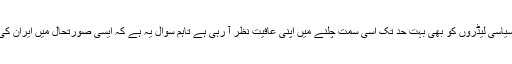
فوج اور اسٹیبلشمنٹ کا بھرپور جھکاؤ سعودی عرب کی طرف ہے اور سیاسی لیڈروں کو بھی بہت حد تک اسی سمت چلنے میں اپنی عافیت نظر آ رہی ہے تاہم سوال یہ ہے کہ ایسی صورتحال میں ایران کی بھارت کے ساتھ قربت و دوستی کیا پاکستان کو مہنگی نہیں پڑے گی ؟